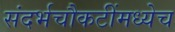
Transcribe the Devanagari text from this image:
संदर्भचौकटींमध्येच